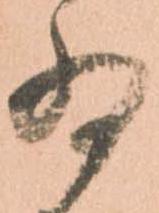
為